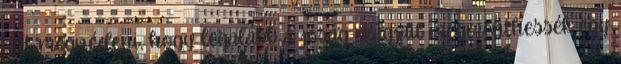
azt megvédeni, hogy legalább a jóság magjait megmenthessék egy